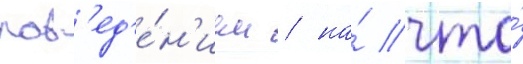
пов'ед'е́н'ием / на́ что́